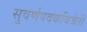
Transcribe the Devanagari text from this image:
सुवर्णपदकविजेती